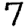
Digit: 7